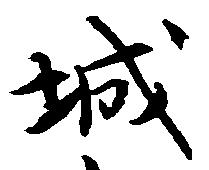
城